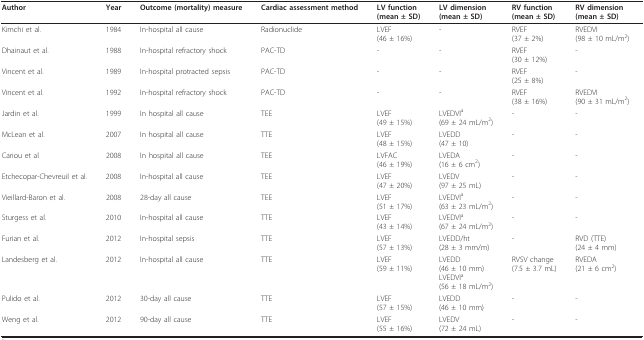
<table><thead><tr><td><b>Author</b></td><td><b>Year</b></td><td><b>Outcome (mortality) measure</b></td><td><b>Cardiac assessment method</b></td><td><b>LV function(mean ± SD)</b></td><td><b>LV dimension(mean ± SD)</b></td><td><b>RV function(mean ± SD)</b></td><td><b>RV dimension(mean ± SD)</b></td></tr></thead><tbody><tr><td>Kimchi et al.</td><td>1984</td><td>In-hospital all cause</td><td>Radionuclide</td><td>LVEF(46 ± 16%)</td><td>-</td><td>RVEF(37 ± 2%)</td><td>RVEDVI(98 ± 10 mL/m<sup>2</sup>)</td></tr><tr><td>Dhainaut et al.</td><td>1988</td><td>In-hospital refractory shock</td><td>PAC-TD</td><td>-</td><td>-</td><td>RVEF(30 ± 12%)</td><td>-</td></tr><tr><td>Vincent et al.</td><td>1989</td><td>In-hospital protracted sepsis</td><td>PAC-TD</td><td>-</td><td>-</td><td>RVEF(25 ± 8%)</td><td>-</td></tr><tr><td>Vincent et al.</td><td>1992</td><td>In-hospital refractory shock</td><td>PAC-TD</td><td>-</td><td>-</td><td>RVEF(38 ± 16%)</td><td>RVEDVI(90 ± 31 mL/m<sup>2</sup>)</td></tr><tr><td>Jardin et al.</td><td>1999</td><td>In hospital all cause</td><td>TEE</td><td>LVEF(49 ± 15%)</td><td>LVEDVI<sup>a</sup>(69 ± 24 mL/m<sup>2</sup>)</td><td>-</td><td>-</td></tr><tr><td>McLean et al.</td><td>2007</td><td>In hospital all cause</td><td>TTE</td><td>LVEF(48 ± 15%)</td><td>LVEDD(47 ± 10)</td><td>-</td><td>-</td></tr><tr><td>Cariou et al</td><td>2008</td><td>In hospital all cause</td><td>TEE</td><td>LVFAC(46 ± 19%)</td><td>LVEDA(16 ± 6 cm<sup>2</sup>)</td><td>-</td><td>-</td></tr><tr><td>Etchecopar-Chevreuil et al.</td><td>2008</td><td>In-hospital all cause</td><td>TEE</td><td>LVEF(47 ± 20%)</td><td>LVEDV(97 ± 25 mL)</td><td>-</td><td>-</td></tr><tr><td>Vieillard-Baron et al.</td><td>2008</td><td>28-day all cause</td><td>TEE</td><td>LVEF(51 ± 17%)</td><td>LVEDVI<sup>a</sup>(63 ± 23 mL/m<sup>2</sup>)</td><td>-</td><td>-</td></tr><tr><td>Sturgess et al.</td><td>2010</td><td>In-hospital all cause</td><td>TTE</td><td>LVEF(43 ± 14%)</td><td>LVEDVI<sup>a</sup>(67 ± 24 mL/m<sup>2</sup>)</td><td>-</td><td>-</td></tr><tr><td>Furian et al.</td><td>2012</td><td>In-hospital sepsis</td><td>TTE</td><td>LVEF(57 ± 13%)</td><td>LVEDD/ht(28 ± 3 mm/m)</td><td>-</td><td>RVD (TTE)(24 ± 4 mm)</td></tr><tr><td>Landesberg et al.</td><td>2012</td><td>In-hospital all cause</td><td>TTE</td><td>LVEF(59 ± 11%)</td><td>LVEDD(46 ± 10 mm)LVEDVI<sup>a</sup>(56 ± 18 mL/m<sup>2</sup>)</td><td>RVSV change(7.5 ± 3.7 mL)</td><td>RVEDA(21 ± 6 cm<sup>2</sup>)</td></tr><tr><td>Pulido et al.</td><td>2012</td><td>30-day all cause</td><td>TTE</td><td>LVEF(57 ± 15%)</td><td>LVEDD(46 ± 10 mm)</td><td>-</td><td>-</td></tr><tr><td>Weng et al.</td><td>2012</td><td>90-day all cause</td><td>TTE</td><td>LVEF(55 ± 16%)</td><td>LVEDV(72 ± 24 mL)</td><td>-</td><td>-</td></tr></tbody></table>